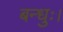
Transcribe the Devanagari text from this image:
बन्धुः।